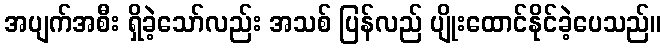
အပျက်အစီး ရှိခဲ့သော်လည်း အသစ် ပြန်လည် ပျိုးထောင်နိုင်ခဲ့ပေသည်။